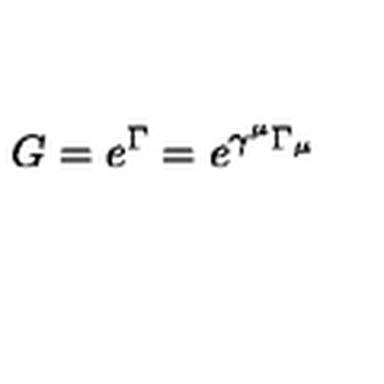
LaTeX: G = e ^ { \Gamma } = e ^ { \gamma ^ { \mu } \Gamma _ { \mu } }